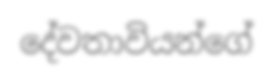
දේවතාවියන්ගේ